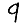
Digit: 9